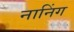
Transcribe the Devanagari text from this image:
नानिंग